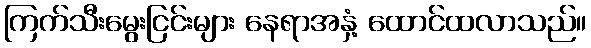
ကြက်သီးမွေးငြင်းများ နေရာအနှံ့ ထောင်ထလာသည်။